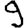
Digit: 9